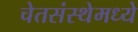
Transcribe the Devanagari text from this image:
चेतसंस्थेमध्ये